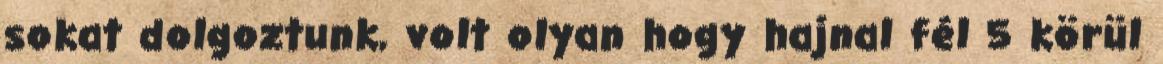
sokat dolgoztunk, volt olyan hogy hajnal fél 5 körül